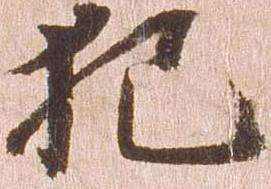
犯